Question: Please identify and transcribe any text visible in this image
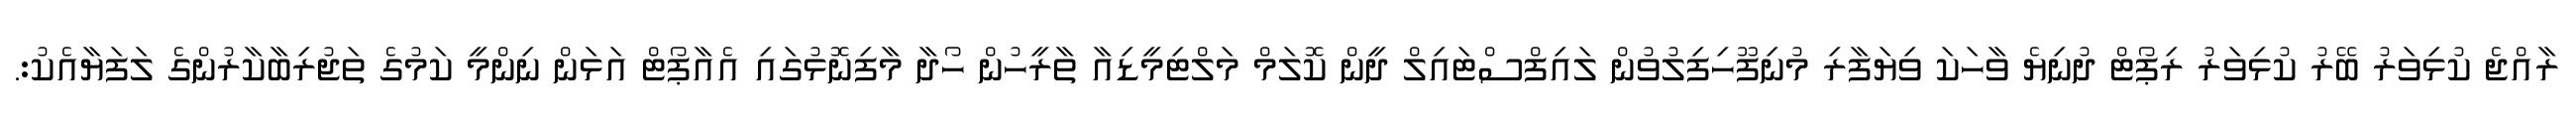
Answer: ރާއްޖެ ކުޅިވަރު ބޭރު ކުޅިވަރު ރިޕޯޓް ދުނިޔެ ވާހަކަ ވިޔަފާރި މުނިފޫހިފިލުވުން ލައިފްސްޓައިލް ދީން ކޮލަމް މަލްޓިމީޑިއާ ތާރީހުން ހޯދާ މާފިނޮޅުގައި އެއާޕޯޓް އަޅަން ނިންމީ ކަމުގެ ތަޖުރިބާކާރުންގެ ލަފަޔާއެކު:.